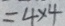
= 4 \times 4